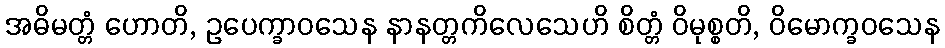
အဓိမတ္တံ ဟောတိ, ဥပေက္ခာဝသေန နာနတ္တကိလေသေဟိ စိတ္တံ ဝိမုစ္စတိ, ဝိမောက္ခဝသေန